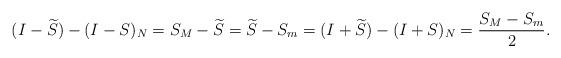
LaTeX: \begin{align*} (I-\widetilde{S})-(I-S)_N=S_M-\widetilde{S}=\widetilde{S}-S_m=(I+\widetilde{S})-(I+S)_N=\frac{S_M-S_m}{2}.\end{align*}